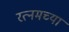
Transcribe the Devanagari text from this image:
रत्नमच्या